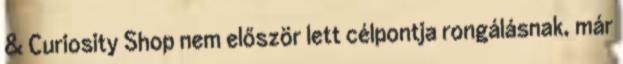
& Curiosity Shop nem először lett célpontja rongálásnak, már